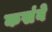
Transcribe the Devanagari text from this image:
कसंबे